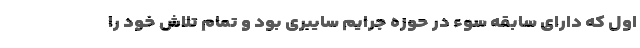
اول که دارای سابقه سوء در حوزه جرایم سایبری بود و تمام تلاش خود را